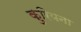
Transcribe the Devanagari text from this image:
कुरियना